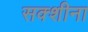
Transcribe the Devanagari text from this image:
सक्शीना